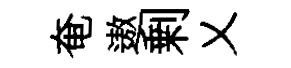
奄遨剰乂